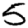
Digit: 5